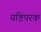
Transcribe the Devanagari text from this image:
यष्टिपरक